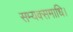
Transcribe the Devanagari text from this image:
सम्यक्समाधि।